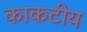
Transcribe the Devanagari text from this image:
काकटीय